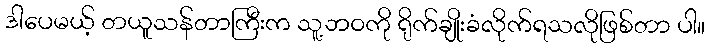
ဒါပေမယ့် တယူသန်တာကြီးက သူ့ဘဝကို ရိုက်ချိုးခံလိုက်ရသလိုဖြစ်တာ ပါ။